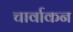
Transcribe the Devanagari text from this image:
चार्वाकन